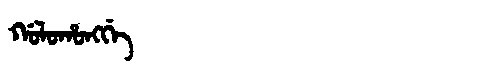
Manchu: ᡤᠣᠯᠣᡥᠣᠩᡤᡝ
Romanization: GOLOHONGGE